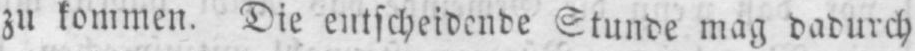
zu kommen. Die entscheidende Stunde mag dadurch